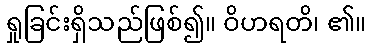
ရှုခြင်းရှိသည်ဖြစ်၍။ ဝိဟရတိ၊ ၏။